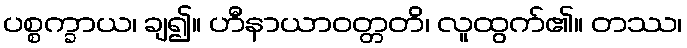
ပစ္စက္ခာယ၊ ချ၍။ ဟီနာယာဝတ္တတိ၊ လူထွက်၏။ တဿ၊